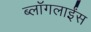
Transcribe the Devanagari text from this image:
ब्लॉगलाईंस